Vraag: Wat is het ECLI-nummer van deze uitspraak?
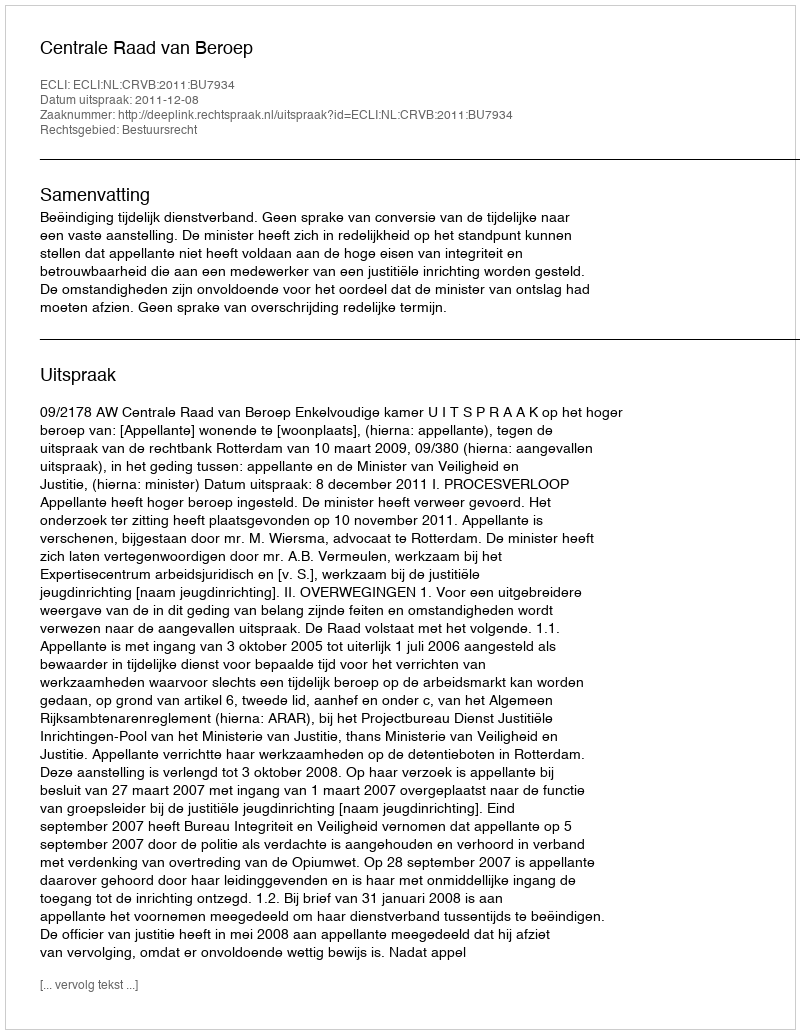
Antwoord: ECLI:NL:CRVB:2011:BU7934